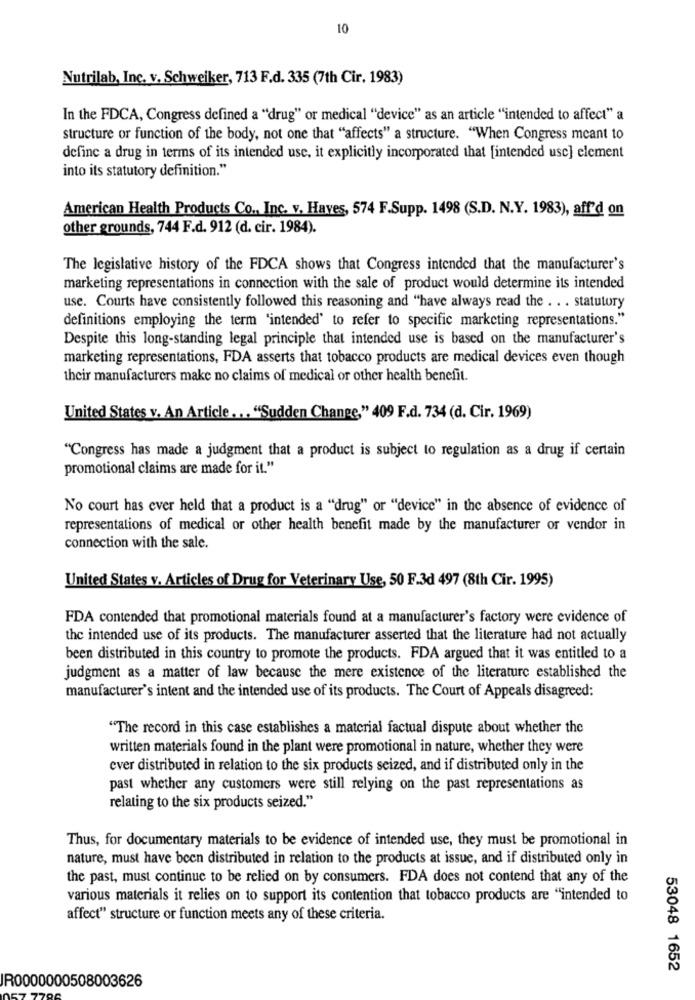
10
Nutrilab, Inc. v. Schweiker, 713 F.d. 335 (7th Cir. 1983)
In the FDCA, Congress defined a "drug" or medical "device" as an article "intended to affect" a
structure or function of the body, not one that "affects" a structure. "When Congress meant to
define a drug in terms of its intended use, it explicitly incorporated that [intended usc] element
into its statutory definition."
American Health Products Co ., Inc. v. Haves, 574 F.Supp. 1498 (S.D. N.Y. 1983), aff'd on
other grounds, 744 F.d. 912 (d. cir. 1984).
The legislative history of the FDCA shows that Congress intended that the manufacturer's
marketing representations in connection with the sale of product would determine its intended
use. Courts have consistently followed this reasoning and "have always read the . . . statutory
definitions employing the term 'intended' to refer to specific marketing representations."
Despite this long-standing legal principle that intended use is based on the manufacturer's
marketing representations, FDA asserts that tobacco products are medical devices even though
their manufacturers make no claims of medical or other health benefit.
United States v. An Article ... "Sudden Change," 409 F.d. 734 (d. Cir. 1969)
"Congress has made a judgment that a product is subject to regulation as a drug if certain
promotional claims are made for it."
No court has ever held that a product is a "drug" or "device" in the absence of evidence of
representations of medical or other health benefit made by the manufacturer or vendor in
connection with the sale.
United States v. Articles of Drug for Veterinary Use, 50 F.3d 497 (8th Cir. 1995)
FDA contended that promotional materials found at a manufacturer's factory were evidence of
the intended use of its products. The manufacturer asserted that the literature had not actually
been distributed in this country to promote the products. FDA argued that it was entitled to a
judgment as a matter of law because the mere existence of the literature established the
manufacturer's intent and the intended use of its products. The Court of Appeals disagreed:
"The record in this case establishes a material factual dispute about whether the
written materials found in the plant were promotional in nature, whether they were
ever distributed in relation to the six products seized, and if distributed only in the
past whether any customers were still relying on the past representations as
relating to the six products seized."
Thus, for documentary materials to be evidence of intended use, they must be promotional in
nature, must have been distributed in relation to the products at issue, and if distributed only in
the past, must continue to be relied on by consumers. FDA does not contend that any of the
various materials it relies on to support its contention that tobacco products are "intended to
affect" structure or function meets any of these criteria.
53048 1652
IR0000000508003626